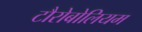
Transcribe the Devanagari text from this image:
टौरोबोलियम